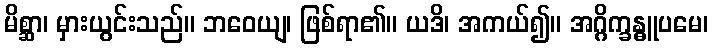
မိစ္ဆာ၊ မှားယွင်းသည်။ ဘဝေယျ၊ ဖြစ်ရာ၏။ ယဒိ၊ အကယ်၍။ အဂ္ဂိက္ခန္ဓူပမေ၊